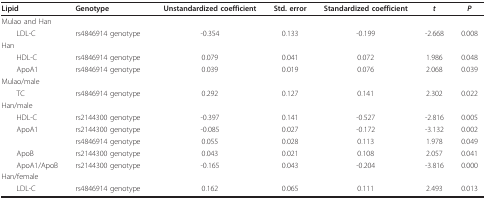
<table><thead><tr><td><b>Lipid</b></td><td><b>Genotype</b></td><td><b>Unstandardized coefficient</b></td><td><b>Std. error</b></td><td><b>Standardized coefficient</b></td><td><b><i>t</i></b></td><td><b><i>P</i></b></td></tr></thead><tbody><tr><td>Mulao and Han</td><td></td><td></td><td></td><td></td><td></td><td></td></tr><tr><td> LDL-C</td><td>rs4846914 genotype</td><td>-0.354</td><td>0.133</td><td>-0.199</td><td>-2.668</td><td>0.008</td></tr><tr><td>Han</td><td></td><td></td><td></td><td></td><td></td><td></td></tr><tr><td> HDL-C</td><td>rs4846914 genotype</td><td>0.079</td><td>0.041</td><td>0.072</td><td>1.986</td><td>0.048</td></tr><tr><td> ApoA1</td><td>rs4846914 genotype</td><td>0.039</td><td>0.019</td><td>0.076</td><td>2.068</td><td>0.039</td></tr><tr><td>Mulao/male</td><td></td><td></td><td></td><td></td><td></td><td></td></tr><tr><td> TC</td><td>rs4846914 genotype</td><td>0.292</td><td>0.127</td><td>0.141</td><td>2.302</td><td>0.022</td></tr><tr><td>Han/male</td><td></td><td></td><td></td><td></td><td></td><td></td></tr><tr><td> HDL-C</td><td>rs2144300 genotype</td><td>-0.397</td><td>0.141</td><td>-0.527</td><td>-2.816</td><td>0.005</td></tr><tr><td> ApoA1</td><td>rs2144300 genotype</td><td>-0.085</td><td>0.027</td><td>-0.172</td><td>-3.132</td><td>0.002</td></tr><tr><td></td><td>rs4846914 genotype</td><td>0.055</td><td>0.028</td><td>0.113</td><td>1.978</td><td>0.049</td></tr><tr><td> ApoB</td><td>rs2144300 genotype</td><td>0.043</td><td>0.021</td><td>0.108</td><td>2.057</td><td>0.041</td></tr><tr><td> ApoA1/ApoB</td><td>rs2144300 genotype</td><td>-0.165</td><td>0.043</td><td>-0.204</td><td>-3.816</td><td>0.000</td></tr><tr><td>Han/female</td><td></td><td></td><td></td><td></td><td></td><td></td></tr><tr><td> LDL-C</td><td>rs4846914 genotype</td><td>0.162</td><td>0.065</td><td>0.111</td><td>2.493</td><td>0.013</td></tr></tbody></table>